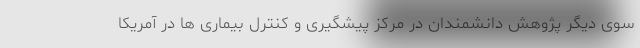
سوی دیگر پژوهش دانشمندان در مرکز پیشگیری و کنترل بیماری ها در آمریکا